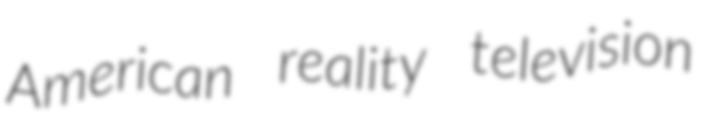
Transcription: American reality television